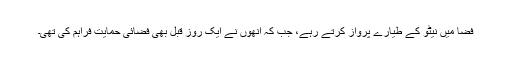
فضا میں نیٹو کے طیارے پرواز کرتے رہے، جب کہ اُنھوں نے ایک روز قبل بھی فضائی حمایت فراہم کی تھی۔